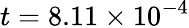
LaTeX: t=8.11\times 10^{-4}